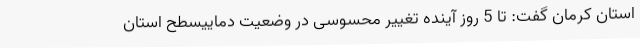
استان کرمان گفت: تا 5 روز آینده تغییر محسوسی در وضعیت دماییسطح استان